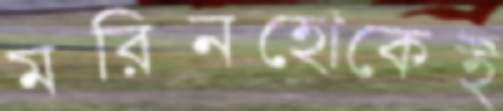
মরিনহোকেই